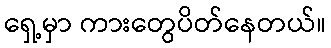
ရှေ့မှာ ကားတွေပိတ်နေတယ်။